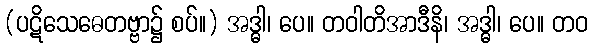
(ပဋိသေဓေတဗ္ဗာ၌ စပ်။) အဒ္ဓါ၊ ပေ။ တဝါတိအာဒီနိ၊ အဒ္ဓါ၊ ပေ။ တဝ